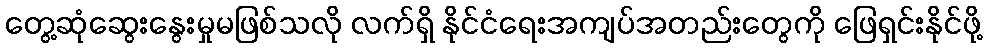
တွေ့ဆုံဆွေးနွေးမှုမဖြစ်သလို လက်ရှိ နိုင်ငံရေးအကျပ်အတည်းတွေကို ဖြေရှင်းနိုင်ဖို့